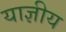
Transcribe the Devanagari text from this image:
याज्ञीय